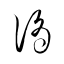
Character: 滴